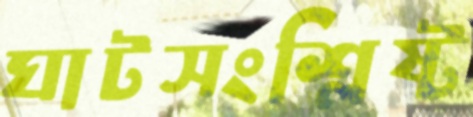
ঘাটসংশ্লিষ্ট